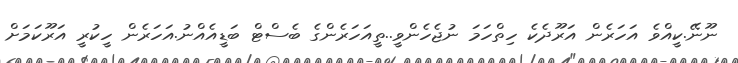
ނޫނޭ.ކީއްވެ އަހަރެން އަރޫދެކެ ހިތްހަމަ ނުޖެހެންވީ..ތީއަހަރެންގެ ބެސްޓް ބަޑީއެއްނު.އަހަރެން ހީކުރީ އަރޫކަމަށް